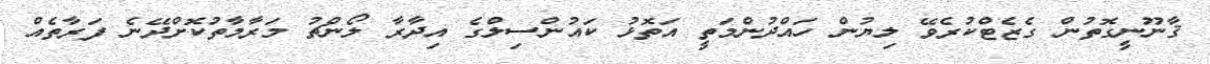
ޤާނޫނީގޮތުން ގެޒެޓްކުރެވޭ ލިޔުން ހައްދުންމަތީ އަތޮޅު ކައުންސިލްގެ އިދާރާ ލޯންޗު މަރާމާތުކޮށްދޭނެ ފަރާތެއް